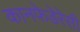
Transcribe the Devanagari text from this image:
कानफेडेरेसी